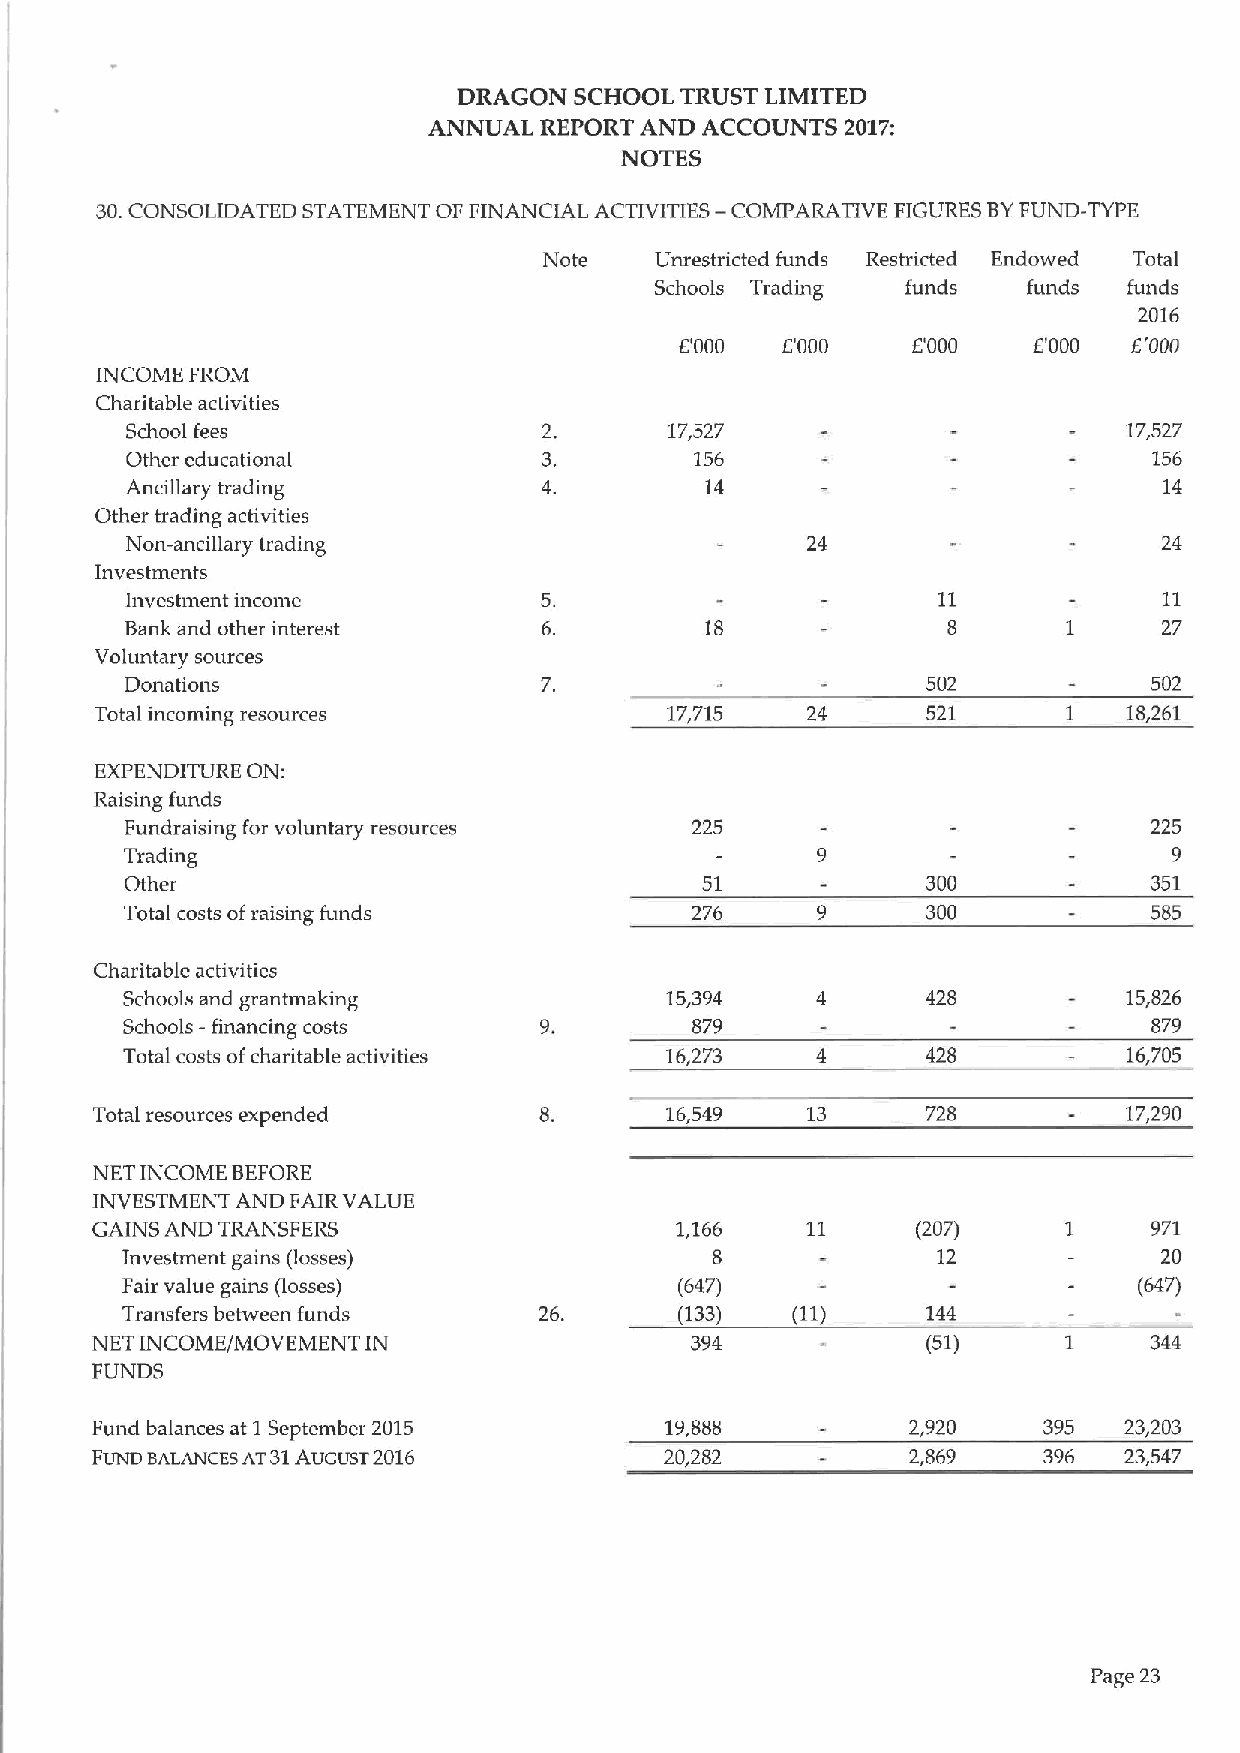
DRAGON  SCHOOL TRUST LIMITED
 ANNUAL  REPORT AND ACCOUNTS 2017:
 NOTES
 30.CONSOLIDATED STATEMENT OF FINANCIAL ACTIVITIES —COMPARATIVE FIGURES BYFUND-TYPE
 Note   Unrestricted funds Restricted Endowed Total
 Schools Trading  funds   funds  funds
 2016
 f000   L'000   E'000   E'000  E'000
 INCOME FROM
 Charitable activities
 School fees                 2.      17,527                         17,527
 Other educational           3.        156                           156
 Ancigary trading            4.         14                            14
 Other trading activities
 Non-ancillary trading                        24                      24
 Investments
 Investment income           5.                        11             11
 Bank and other interest     6.         18              8             27
 Voluntary sources
 Donations                                            502            502
 Total incoming resources              17,715   24      521       1   18,261
 EXPENDITURE ON:
 Raising funds
 Fundraising for voluntary resources   225                           225
 Trading                                       9                       9
 Other                                 51             300            351
 Total costs ofraising funds           276     9      300            585
 Charitable activities
 Schools and grantmaking             15,394           428           15,826
 Schools -financing costs              879                           879
 Total costs ofcharitable activities 16,273           428           16,705
 Total resources expended              16,549   13      728           17,290
 NET INCOME BEFORE
 INVESTMENT AND FAIR VALUE
 GAINS AND TRANSFERS                    1,166   11      (207)     1    971
 Investment gains (losses)              8              12             20
 Fair value gains (losses)            (647)                         (647)
 Transfers between funds     26.      (133)  (11)     144
 NET INCOME/MOVEMENT IN                  394            (51)      1    344
 FUNDS
 Fund balances at 1September 2015      19,888          2,920    395  23,203
 FUND BALANCES AT31AUGUST 2016         20,282          2,869    396  23,547
 Page 23